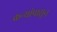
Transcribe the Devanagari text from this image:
कन्यांपासून